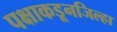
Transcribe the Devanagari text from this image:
पक्षाकडूनजिल्हा